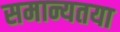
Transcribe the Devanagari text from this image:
समान्यतया